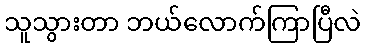
သူသွားတာ ဘယ်လောက်ကြာပြီလဲ